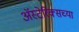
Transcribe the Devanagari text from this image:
अॅस्टेरिक्सच्या